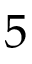
5